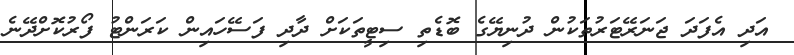
އަދި އެފަދަ ޖަނަރޭޓަރުތަކުން ދުނިޔޭގެ ބޮޑެތި ސިޓީތަކަށް ދާދި ފަސޭހައިން ކަރަންޓު ފޯރުކޮށްދޭނެ